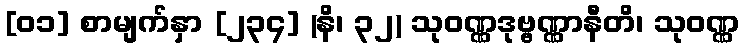
[၀၁] စာမျက်နှာ [၂၃၄] (နိ၊ ၃၂) သုဝဏ္ဏဒုဗ္ဗဏ္ဏာနီတိ၊ သုဝဏ္ဏ